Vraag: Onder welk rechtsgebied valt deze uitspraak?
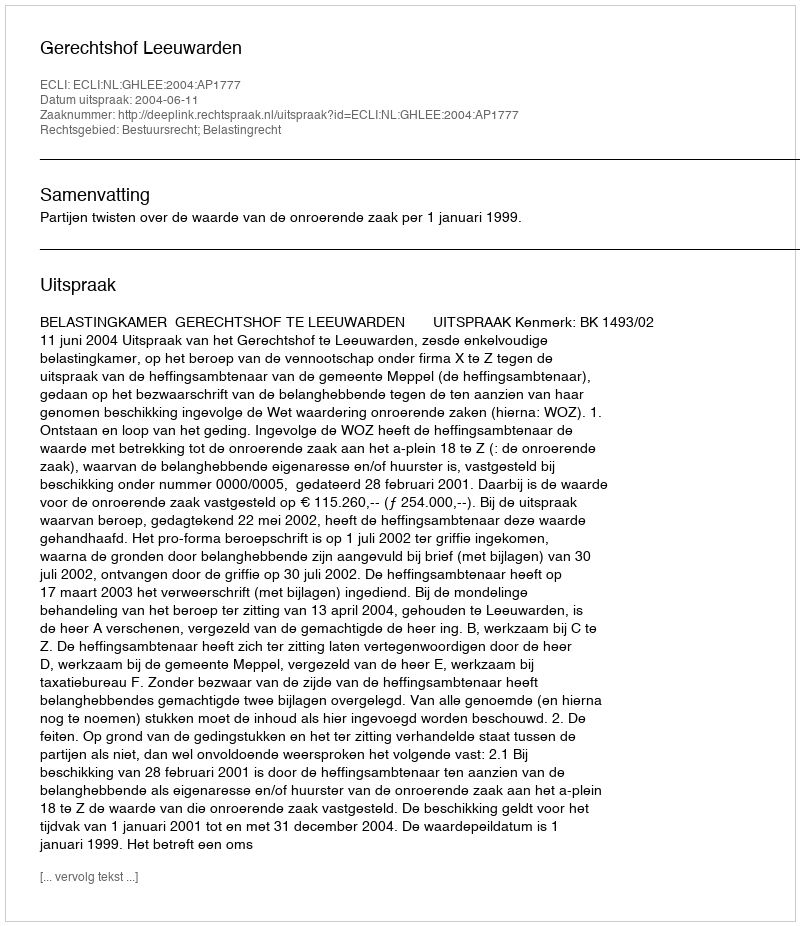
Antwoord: Bestuursrecht; Belastingrecht